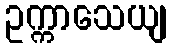
ဥက္ကာသေယျ